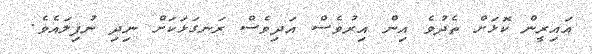
އައިރީން ކޮޅަށް ތެދުވެ އިން އިރުވެސް އަދިވެސް ރަނގަޅަކަށް ނިދި ނުފިލައެވެ.